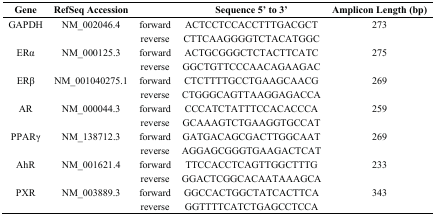
<table><thead><tr><td><b>Gene</b></td><td><b>RefSeq Accession</b></td><td></td><td><b>Sequence 5’ to 3’</b></td><td><b>Amplicon Length (bp)</b></td></tr></thead><tbody><tr><td>GAPDH</td><td>NM_002046.4</td><td>forward</td><td>ACTCCTCCACCTTTGACGCT</td><td>273</td></tr><tr><td></td><td></td><td>reverse</td><td>CTTCAAGGGGTCTACATGGC</td><td></td></tr><tr><td>ERα</td><td>NM_000125.3</td><td>forward</td><td>ACTGCGGGCTCTACTTCATC</td><td>275</td></tr><tr><td></td><td></td><td>reverse</td><td>GGCTGTTCCCAACAGAAGAC</td><td></td></tr><tr><td>ERβ</td><td>NM_001040275.1</td><td>forward</td><td>CTCTTTTGCCTGAAGCAACG</td><td>269</td></tr><tr><td></td><td></td><td>reverse</td><td>CTGGGCAGTTAAGGAGACCA</td><td></td></tr><tr><td>AR</td><td>NM_000044.3</td><td>forward</td><td>CCCATCTATTTCCACACCCA</td><td>259</td></tr><tr><td></td><td></td><td>reverse</td><td>GCAAAGTCTGAAGGTGCCAT</td><td></td></tr><tr><td>PPARγ</td><td>NM_138712.3</td><td>forward</td><td>GATGACAGCGACTTGGCAAT</td><td>269</td></tr><tr><td></td><td></td><td>reverse</td><td>AGGAGCGGGTGAAGACTCAT</td><td></td></tr><tr><td>AhR</td><td>NM_001621.4</td><td>forward</td><td>TTCCACCTCAGTTGGCTTTG</td><td>233</td></tr><tr><td></td><td></td><td>reverse</td><td>GGACTCGGCACAATAAAGCA</td><td></td></tr><tr><td>PXR</td><td>NM_003889.3</td><td>forward</td><td>GGCCACTGGCTATCACTTCA</td><td>343</td></tr><tr><td></td><td></td><td>reverse</td><td>GGTTTTCATCTGAGCCTCCA</td><td></td></tr></tbody></table>